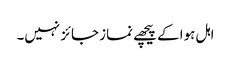
اہل ہوا کے پیچھے نماز جائز نہیں۔